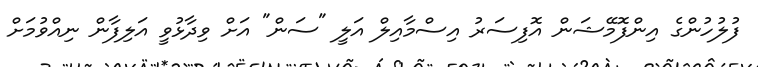
ފުލުހުންގެ އިންފޮމޭޝަން އޮފިސަރު އިސްމާއިލް އަލީ "ސަން" އަށް ވިދާޅުވީ އަލިފާން ނިއްވުމަށް